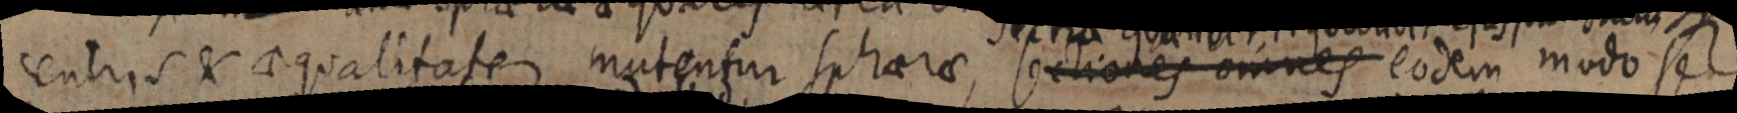
centris & qualitate mutentur sphaerae, sectiones omnes eodem modo se